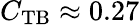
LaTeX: C_{\mathrm{TB}}\approx 0.27